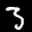
Label: 3